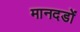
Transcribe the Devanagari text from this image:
मानदडों